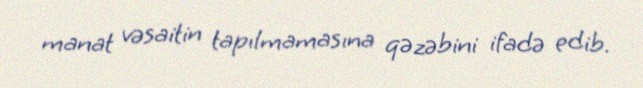
manat vəsaitin tapılmamasına qəzəbini ifadə edib.